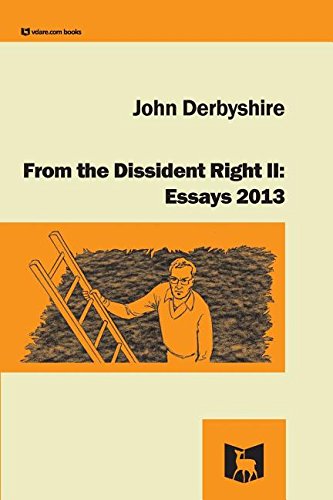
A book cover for From the Dissident Right II: Essays 2013; John Derbyshire; Literature & Fiction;